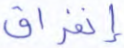
إنفراق